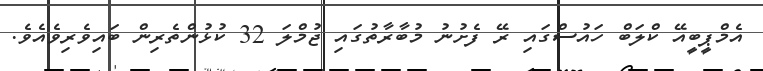
އެމްޕީބީއޭ ކްލަބް ހައުސްގައި ރޭ ފެށުނު މުބާރާތުގައި ޖުމްލަ 32 ކުޅުންތެރިން ބައިވެރިވެއެވެ.